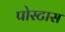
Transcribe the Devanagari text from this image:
पोस्टास